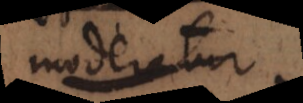
moderatur.